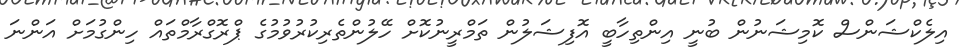
އިލެކްޝަންސް ކޮމިޝަނުން ބުނީ އިންތިހާބީ އޮފިޝަލުން ތަމްރީނުކޮށް ހޭލުންތެރިކުރުވުމުގެ ޕްރޮގްރާމްތައް ހިންގުމަށް އަންނަ